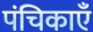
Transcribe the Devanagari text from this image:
पंचिकाएँ